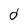
Character: d